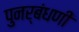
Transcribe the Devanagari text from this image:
पुनर्बंधणी